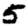
Digit: 5